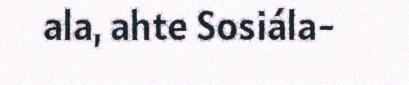
ala, ahte Sosiála-